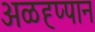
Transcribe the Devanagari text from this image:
अळह्प्पान